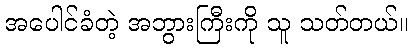
အပေါင်ခံတဲ့ အဘွားကြီးကို သူ သတ်တယ်။